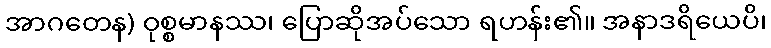
အာဂတေန) ဝုစ္စမာနဿ၊ ပြောဆိုအပ်သော ရဟန်း၏။ အနာဒရိယေပိ၊